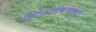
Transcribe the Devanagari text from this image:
खोटरडेपणाही